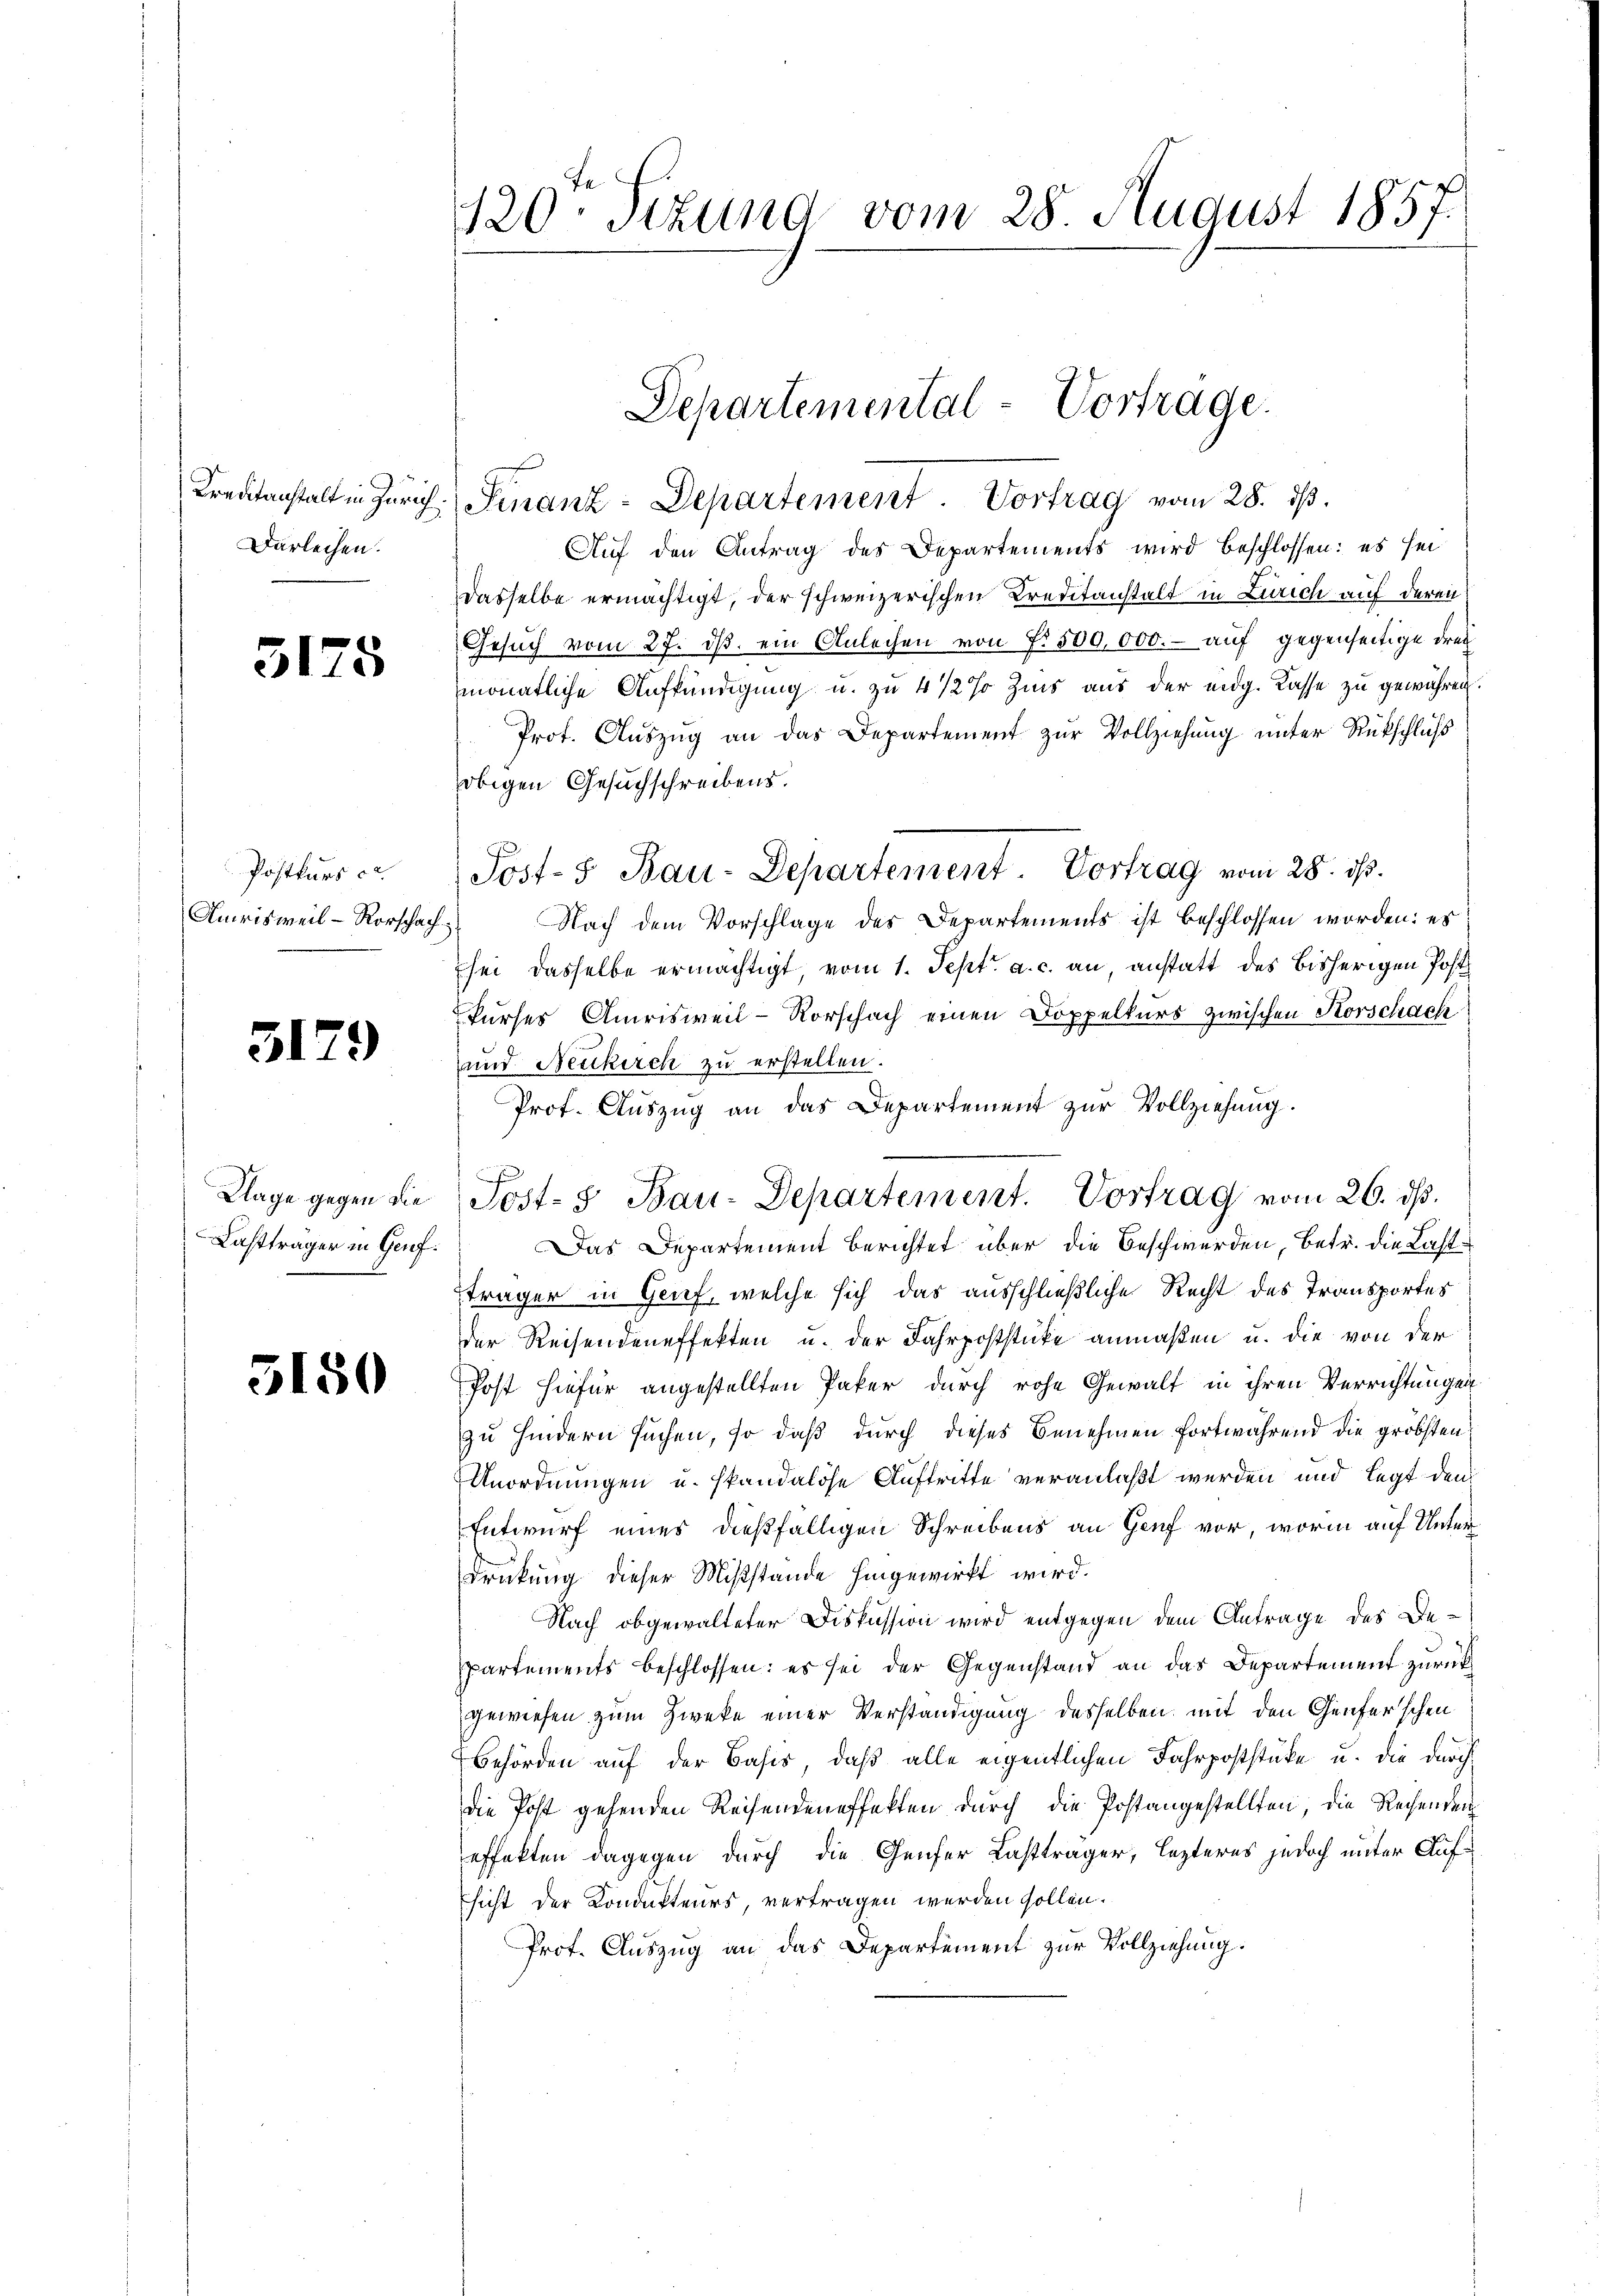
Darleihen.

3175

Postkurs c
Amrisweil – Rorschaf

317

)

Klage gegen die
Lastträger in Genf.

5150

120ten Sizung vom 28 August 1857.

Auf den Antrag des Departements wird beschlossen: es sei
Dasselbe ermächtigt, der schweizerischen Kreditanstalt in Zürich auf deren
Gesŭch vom 27. dβ ein Anleihen von f. 500,000.- auf gegenseitige Drec
monatliche Aufkündigung u. zu 4 1/2 % Zins aus der eidg. Kasse zu gewähren.
Prot. Auszug an das Departement zur Vollziehung unter Rückschluß
obigen Gesuchschreibens.
Nach dem Vorschlage des Departements ist beschlossen worden: es
.
sei dasselbe ermächtigt, vom 1. Sept. a. c. an, anstatt des bisherigen Post
kurses Amrisweil-Rorschach einen Doppelkurs zwischen Korschach
und Neukirch zu erstellen.
Prof. Auszug an das Departement zur Vollziehung.
Das Departement Berichtet über die Beschwerden, betr. die Laststräger in Genf, welche sich das ausschließliche Recht des Transportes
der Reisendeneffekten u. der Fahrpoststücke anmaßen u. die von der
Post hiefür angestellten Pater durch rohe Gewalt in ihren Verrichtungen
zu Hindern suchen, so daß durch dieses Benehmen fortwährend die gröbsten
Anordnungen u. skandalose Auftritte veranlaßt werden und legt den
Entwurf eines dießfälligen Schreibens an Genf vor, worin auf Unter¬
Drückung dieser Mißstände hingewirkt wird.
Nach obgewalteter Diskussion wird entgegen dem Antrage des Be¬
Partements beschlossen: es sei der Gegenstand an das Departement zurück
gewiesen zum Zweke einer Verständigung desselben mit den Genferschen
Behörden auf der Basis, daß alle eigentlichen Fahrpoststücke u. die durch
die Post gehenden Reisendeneffekten durch die Postangestellten die Rechenden
effekten dagegen durch die Genfer Lasttrager, lezteres jedoch unter Aufsicht der Kondukteurs, vertragen werden sollen.
Prof. Auszug an das Departement zur Vollziehung.

Departemental-Vortrage.
Krentanstalt in Zürich. Finanz-Departement. Vortrag vom 28. ds.

Post- & Bau-Departement. Vortrag vom 28. ds.

Post- & Bau-Departement. Vortrag vom 26. ds.